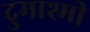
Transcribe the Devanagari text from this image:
द्रुमाश्मी